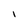
Character: i